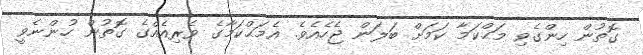
ގޮތުން ހިންގެވި މަޙްކަމާ ކަމަށް ބަލަން ޖެހެއެވެ. އެމަޙްކަމާގެ ވެރިއެއްގެ ގޮތުން ހުންނެވީ